Vaccination in Burma 1900-1911 - 1900-1911
Year: 1900
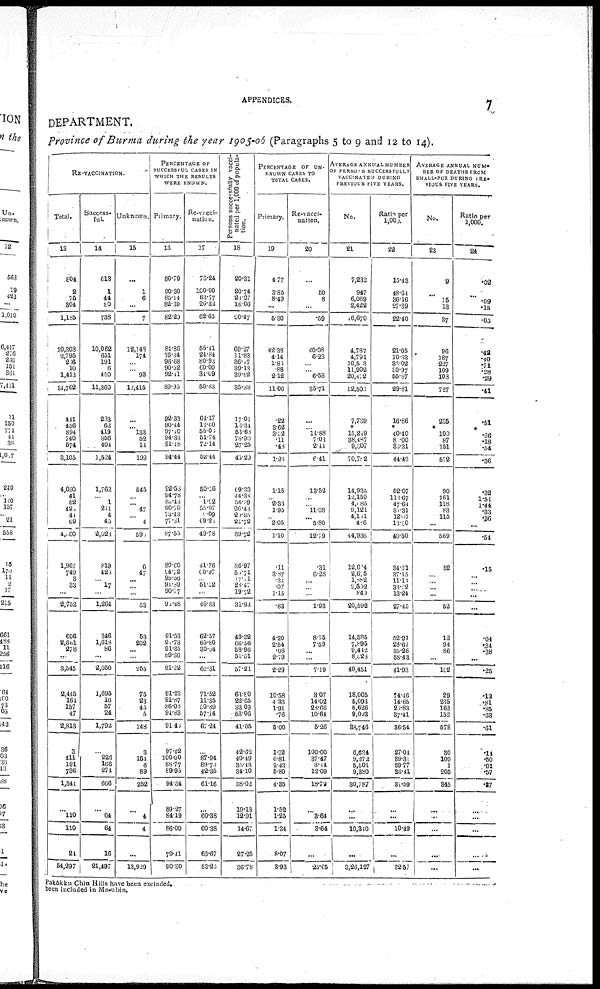
APPENDICES.
7
DEPARTMENT.
Province of Burma during the year 1905-06 (Paragraphs 5 to 9 and 12 to 14).
RE-VACCINATION.
Total.
13
801
2
76
304
1,185
30,303
2,795
266
10
1,413
34,762
441
156
894
710
574
3,105
4,030
41
52
424
44
69
4,060
1,967
719
3
33
...
2,752
606
2,661
278
...
3,545
2,115
164
157
47
2,813
3
411
191
736
1,341
...
110
110
24
51,297
Success-
ful.
14
613
1
44
80
738
10,062
651
191
6
450
11,360
233
62
419
356
404
1,524
1,762
...
1
211
4
43
2,023
819
426
...
17
...
1,264
346
1,618
86
...
2,050
1,695
16
57
24
1,794
...
226
166
271
666
...
64
61
16
21,197
Unknown.
15
...
1
6
...
7
12,148
174
...
... 93
12,115
...
... 133
52
11
199
515
...
...
47
...
4
595
6
47
...
...
...
53
63
202
...
...
255
75
23
15
5
118
3
154
6
89
252
...
1
1
...
13,929
PERCENTAGE OF
SUCCESSFUL CASES IN
WHICH THE RESULTS
WERE KNOWN.
Primary.
16
80.79
90.30
85.14
82.30
82.29
84.86
76.34
96.68
90.52
92.11
89.95
92.33
90.44
97.10
94.33
91.18
94.44
92.53
94.78
85.13
90.70
73.13
77.31
87.55
89.60
94.72
95.56
91.69
90.77
91.48
91.53
91.73
91.35
89.36
91.22
91.23
91.37
86.08
94.83
91.43
97.42
100.00
88.77
89.95
94.34
89.27
84.19
86.00
79.11
90.80
Re-vacci¬
nation.
17
76.21
100.00
63.77
26.32
62.65
55.41
24.84
80.93
60.00
34.09
50.83
64.17
13.60
55.05
51.74
72.14
52.44
50.56
... 1.92
55.97
9.09
69.23
49.78
41.76
60.97
... 51.52
...
46.83
62.57
65.80
30.94
...
62.31
71.52
11.35
50 .89
57.14
67.24
...
87.94
89.73
42.35
61.16
...
60.38
60.38
66.67
53.25
Persons successfully vacci-
nated per 1,000 of popula-
tion.
18
20.31
20.71
23.27
16.06
20.47
69.27
11.83
36.17
39.13
39.82
35.38
17.01
16.34
53.63
78.90
27.25
43.29
69.33
44.38
56.39
26.13
20.85
21.72
39.72
36.97
56.7l
17.11
26.47
19.72
31.93
49.32
66.56
58.96
51.31
57.21
63.80
22.65
33.09
53.06
41.05
42.62
40.49
35.43
34.10
88.02
19.13
12.91
14.67
27.25
36.78
PERCENTAGE OF UN-
----- CASES TO
TOTAL CASES.
Primary.
19
4.77
3.85
8.19
...
5.30
42.38
4.14
1.83
.88
2.12
11.00
.22
3.62
3.32
.11
.48
1.23
1.15
... 2.33
1.95
... 2.05
1.10
.11
3.87
.35
.07
1.15
.83
4.20
2.54
.06
2.79
2.29
10.58
4.36
1.91
.76
5.00
1.22
6.81
2.43
5.80
4.35
1.52
1.25
1.34
8.07
8.93
Re-vacci-
nation.
20
...
50
8
...
.59
40.08
6.23
...
...
6.58
35.71
...
... 14.88
7.03
2.44
6.41
13.52
...
... 11.08
...
5.80
12.79
.31
6.28
...
...
...
1.93
8.76
7.59
...
...
7.19
3.07
14.02
28.66
10.61
5.26
100.00
37.17
3.14
12.09
18.79
...
3.64
3.64
...
25.65
AVERAGE ANNUAL NUMBER
OF PERSONS SUCCESSFULLY
VACCINATED DURING
PREVIOUS FIVE YEARS.
No.
21
7,232
947
6,069
2,422
16,670
4,787
4,791
10,513
11,902
20,472
52,505
7,739
*
15,219
38,487
9,307
70,782
14,935
12,159
4,085
9,121
4,151
456
44,936
12,624
2,675
1,882
2,532
849
20,592
14,585
7,895
9,442
8,528
40,451
18,005
5,093
6,626
9,023
88,746
6,634
9,272
5,501
9,380
30,787
...
...
10,310
...
3,26,127
Ratio per
1,000.
22
15.18
18.64
86.16
27.39
22.40
21.05
10.33
33.02
30.97
55.87
29.81
16.86
* 40.40
80.00
33.31
44.19
52.07
113.67
47.64
31.31
12.67
13.80
40.50
81.31
37.15
11.11
33.22
13.24
27.45
52.91
23.67
35.26
58.43
41.93
71.46
14.65
26.83
37.41
36.54
27.04
89.31
39.77
26.41
31.59
...
...
10.19
...
32.57
AVERAGE ANNUAL NUM-
--- OF DEATHS FROM
SMALL-POX DURING RE-
VIOUS FIVE YEARS.
No.
23
9
...
16
13
37
96
187
227
109
103
727
236
* 100
87
151
572
90
161
118
83
115
...
569
52
...
... ...
...
52
12
91
86
...
192
29
235
162
152
578
30
109
1
205
845
...
...
...
...
...
Ratio per
1,000.
24
.02
...
.09
.15
.05
.42
.40
.71
.28
.29
.41
.51
*
.26
.18
.54
.36
.32
1.51
1.44
.33
.36
...
.54
.15
...
...
... ...
...
.04
.34
.38
...
.25
.12
.81 .85
.68
.61
.14
.50
.01
.57
.37
...
...
...
...
...
Pakôkku Chin Hills have been excluded.
been included in Ma-ubin.